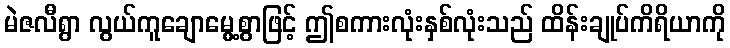
မဲဇလီရွာ လွယ်ကူချောမွေ့စွာဖြင့် ဤစကားလုံးနှစ်လုံးသည် ထိန်းချုပ်ကိရိယာကို